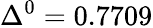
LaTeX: \Delta^{0}=0.7709